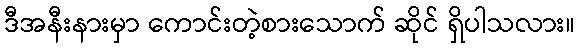
ဒီအနီးနားမှာ ကောင်းတဲ့စားသောက် ဆိုင် ရှိပါသလား။